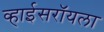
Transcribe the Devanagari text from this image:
व्हाईसरॉयला